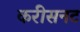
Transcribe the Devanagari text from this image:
करीसनट